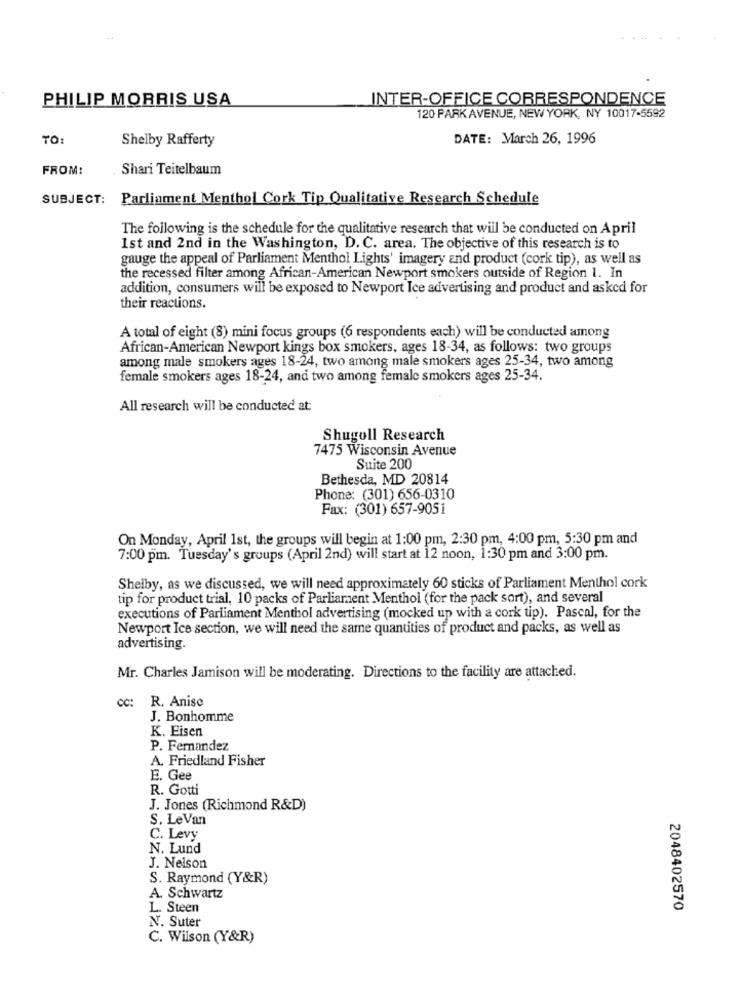
PHILIP MORRIS USA
INTER-OFFICE CORRESPONDENCE
120 PARK AVENUE, NEW YORK, NY 10017-5592
TO
Shelby Rafferty
DATE: March 26, 1996
FROM:
Shari Teitelbaum
SUBJECT: Parliament Menthol Cork Tip Qualitative Research Schedule
The following is the schedule for the qualitative research that will be conducted on April
Ist and 2nd in the Washington, D. C. area. The objective of this research is to
gauge the appeal of Parliament Menthol Lights' imagery and product (cork tip), as well as
the recessed filter among African-American Newport smokers outside of Region 1. In
addition, consumers will be exposed to Newport Ice advertising and product and asked for
their reactions.
A total of eight (8) mini focus groups (6 respondents each) will be conducted among
African-American Newport kings box smokers, ages 18-34, as follows: two groups
among male smokers ages 18-24, two among male smokers ages 25-34, two among
female smokers ages 18-24, and two among female smokers ages 25-34.
All research will be conducted at:
Shugoll Research
7475 Wisconsin Avenue
Suite 200
Bethesda, MD 20814
Phone: (301) 656-0310
Fax: (301) 657-9051
On Monday, April 1st, the groups will begin at 1:00 pm, 2:30 pm, 4:00 pm, 5:30 pm and
7:00 pm. Tuesday's groups (April 2nd) will start at 12 noon, 1:30 pm and 3:00 pm.
Shelby, as we discussed, we will need approximately 60 sticks of Parliament Menthol cork
tip for product trial, 10 packs of Parliament Menthol (for the pack sort), and several
executions of Parliament Menthol advertising (mocked up with a cork tip). Pascal, for the
Newport Ice section, we will need the same quantities of product and packs, as well as
advertising.
Mr. Charles Jamison will be moderating. Directions to the facility are attached.
cc: R. Anise
J. Bonhomme
K. Eisen
P. Fernandez
A. Friedland Fisher
E. Gee
R. Gotti
J. Jones (Richmond R&D)
S. LeVan
C. Levy
N. Lund
J. Nelson
S. Raymond (Y&R)
A. Schwartz
L. Steen
2048402570
N. Suter
C. Wilson (Y&R)